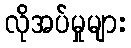
လိုအပ်မှုများ